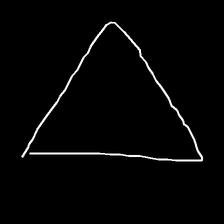
Glyph: convergence